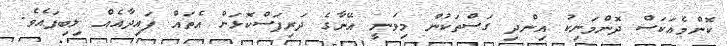
ކޮންމެއަކަސް ދޮންމަނިކު އިންދި ގަސްތަކުން މިވަނީ އޭނާގެ ދަރިފަސްކޮޅަށް އެތައް ފައިދާއެއް ލިބިފައެވެ.